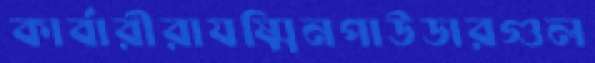
কার্বারীরাযষ্মিনপাউডারগুল